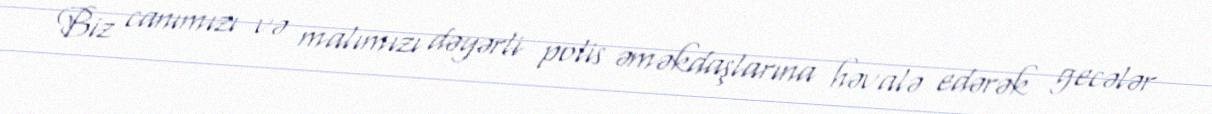
Biz canımızı və malımızı dəyərli polis əməkdaşlarına həvalə edərək gecələr